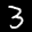
Label: 3